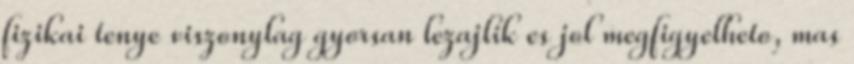
fizikai tenye viszonylag gyorsan lezajlik es jol megfigyelheto, mas